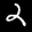
Label: 2